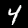
Digit: 4